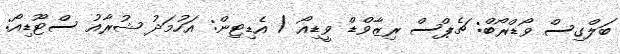
ބަލްގިސް ވޯޑްރޯބް: ޗެޕްސް ރިޒާވްޑް ވީޑިއޯ / އެޑިޓިން: އަހުމަދު ޝުރާއު ސްޓޫޑިއޯ: